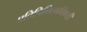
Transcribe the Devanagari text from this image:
प्रतिनिधित्वाविषयी